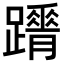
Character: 𨇋